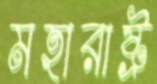
মহারাষ্ট্র